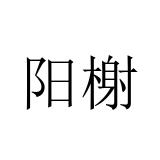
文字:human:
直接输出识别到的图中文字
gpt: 阳榭